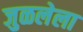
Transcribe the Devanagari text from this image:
जुळलेला